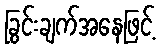
ခြွင်းချက်အနေဖြင့်